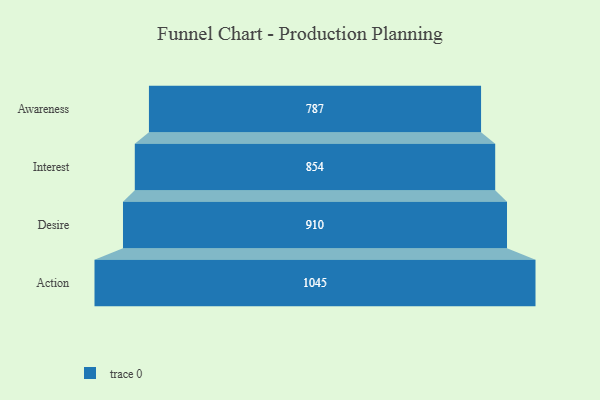
{"axis": {"x": "Stage", "y": "Value"}, "legend": [""], "data": [{"x": "Awareness", "y": 787.0, "type": ""}, {"x": "Interest", "y": 854.0, "type": ""}, {"x": "Desire", "y": 910.0, "type": ""}, {"x": "Action", "y": 1045.0, "type": ""}]}